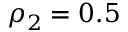
\rho _ { 2 } = 0 . 5